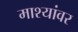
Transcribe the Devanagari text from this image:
माश्यांवर